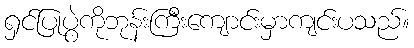
ရှင်ပြုပွဲကိုဘုန်းကြီးကျောင်းမှာကျင်းပသည်။